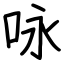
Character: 咏